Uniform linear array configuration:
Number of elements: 12
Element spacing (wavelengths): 0.25
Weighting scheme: binomial
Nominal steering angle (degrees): -45
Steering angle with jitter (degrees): -46.839
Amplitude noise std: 0.05
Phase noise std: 0.05

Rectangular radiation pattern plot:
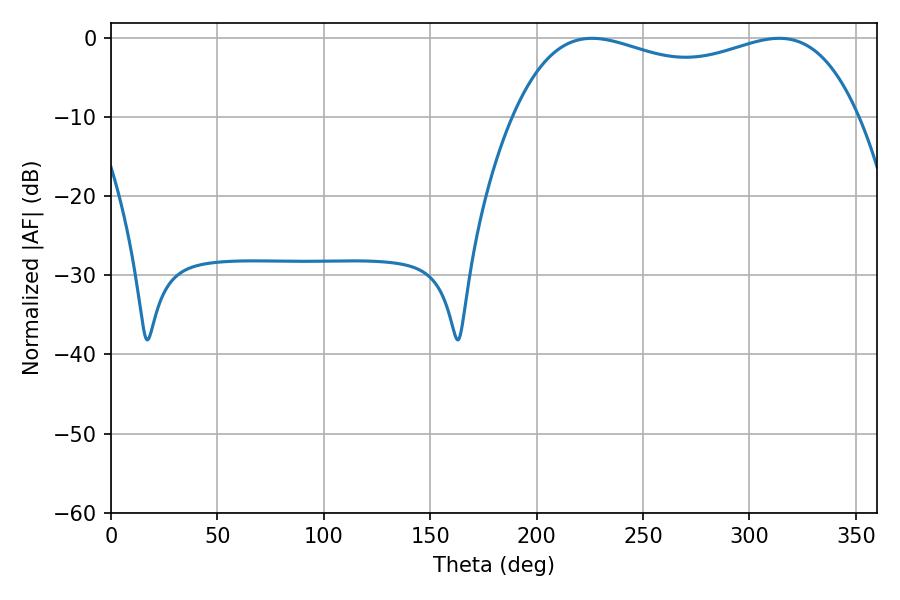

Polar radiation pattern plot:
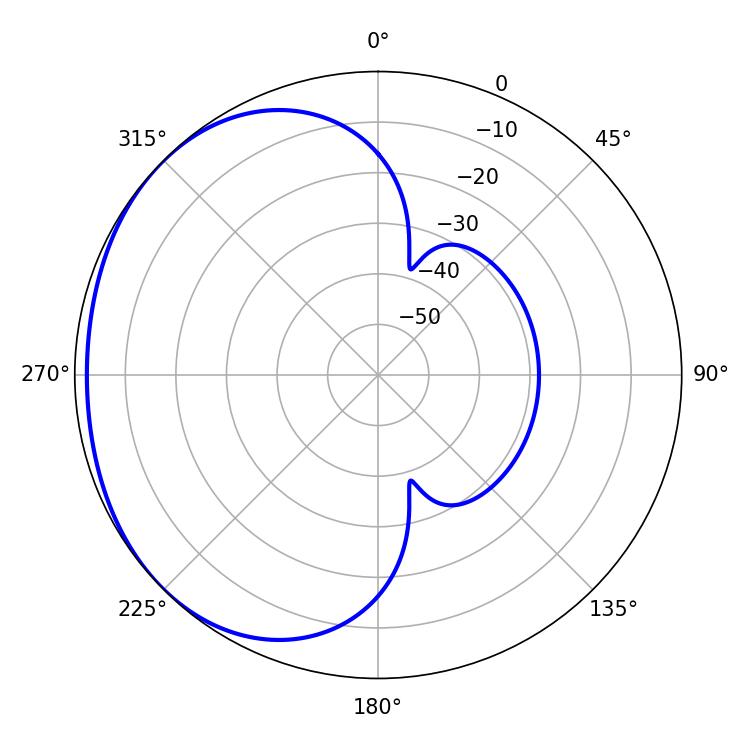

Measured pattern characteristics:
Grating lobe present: FALSE
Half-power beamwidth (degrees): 132.48
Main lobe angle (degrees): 313.92